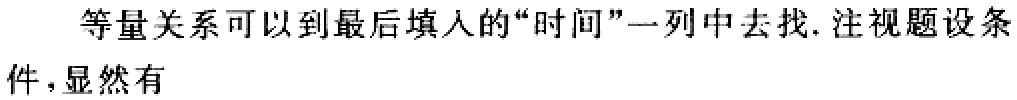
等量关系可以到最后填入的“时间”一列中去找.注视题设条件，显然有